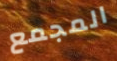
المجمع